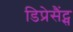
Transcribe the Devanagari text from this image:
डिप्रेसैंट्स